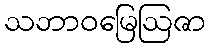
သဘာဝမြေဩဇာ